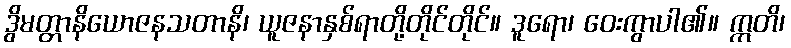
ဒွိမတ္တာနိယောဇနသတာနိ၊ ယူဇနာနှစ်ရာတို့တိုင်တိုင်။ ဒူရော၊ ဝေးကွာပါ၏။ ဣတိ၊